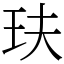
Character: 玞